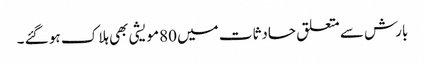
بارش سے متعلق حادثات میں 80مویشی بھی ہلاک ہو گئے ۔